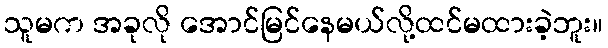
သူမက အခုလို အောင်မြင်နေမယ်လို့ထင်မထားခဲ့ဘူး။